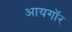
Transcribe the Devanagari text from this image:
आयगॉर